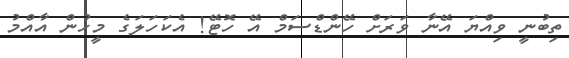
ތިބުނީ ވިއްޔަ އޭނާ ވަރަށް ހޭންޑްސަމް އޭ ހޮޓޭ! އެކަހަލަގެ މީހުން އާއްމު